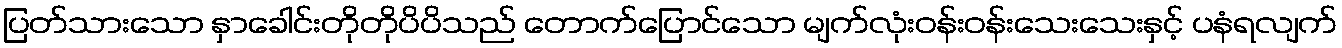
ပြတ်သားသော နှာခေါင်းတိုတိုပိပိသည် တောက်ပြောင်သော မျက်လုံးဝန်းဝန်းသေးသေးနှင့် ပနံရလျက်